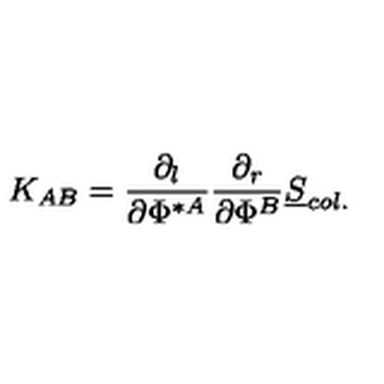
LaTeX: K _ { A B } = { \frac { \partial _ { l } } { \partial \Phi ^ { \ast A } } } { \frac { \partial _ { r } } { \partial \Phi ^ { B } } } { \underline { S } } _ { c o l . }